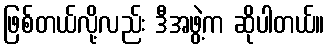
ဖြစ်တယ်လို့လည်း ဒီအဖွဲ့က ဆိုပါတယ်။